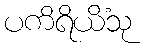
ပကိရိယိံသု